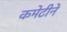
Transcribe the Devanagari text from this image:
कमेटीने